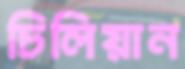
চিলিয়ান